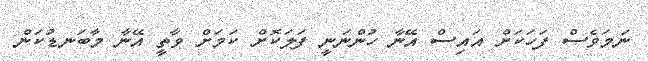
ނަމަވެސް ފަހަކަށް އައިސް އޭނާ ހުންނަނީ ފަލަކޮށް ކަމަށް ވާތީ އޭނާ މާބަނޑުކަން